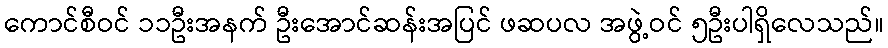
ကောင်စီဝင် ၁၁ဦးအနက် ဦးအောင်ဆန်းအပြင် ဖဆပလ အဖွဲ့ဝင် ၅ဦးပါရှိလေသည်။